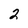
Character: 2